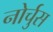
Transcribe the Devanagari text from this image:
नोर्चुस